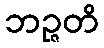
ဘဉ္ဇတိ